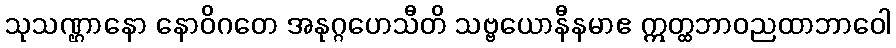
သုသဏ္ဌာနော နောဝိဂတေ အနုဂ္ဂဟေသီတိ သဗ္ဗယောနီနမာဧ ဣတ္ထဘာဝညထာဘာဝေါ